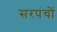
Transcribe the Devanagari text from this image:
सरपंचों